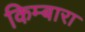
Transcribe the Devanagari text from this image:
किम्बारा